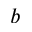
b